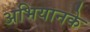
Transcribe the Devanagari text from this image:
अभियानके